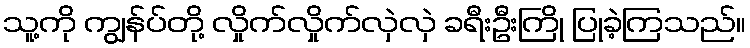
သူ့ကို ကျွန်ပ်တို့ လှိုက်လှိုက်လှဲလှဲ ခရီးဦးကြို ပြုခဲ့ကြသည်။